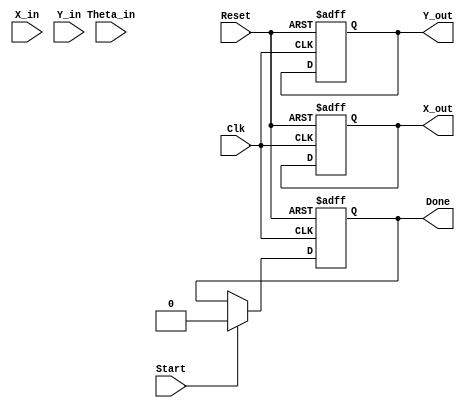
module fixed_point_cordic (
    input  wire signed [15:0] X_in,    // Fixed-point input x-coordinate
    input  wire signed [15:0] Y_in,    // Fixed-point input y-coordinate
    input  wire signed [15:0] Theta_in, // Fixed-point input angle in radians
    input  wire                Start,    // Control signal to start computation
    input  wire                Clk,      // Clock signal
    input  wire                Reset,    // Asynchronous reset signal
    output reg  signed [15:0] X_out,    // Output x-coordinate after rotation
    output reg  signed [15:0] Y_out,    // Output y-coordinate after rotation
    output reg                 Done       // Control signal indicating completion
);

// Constants
parameter NUM_ITERATIONS = 16; // Number of CORDIC iterations
parameter FIXED_POINT_SCALE = 16; // Fixed-point scale factor (Qm.f)

reg signed [15:0] X;            // Fixed-point variable for x
reg signed [15:0] Y;            // Fixed-point variable for y
reg signed [15:0] Z;            // Fixed-point variable for angle
reg [3:0] i;                    // Iteration counter
reg signed [15:0] atan_table [0:NUM_ITERATIONS-1]; // Arctangent lookup table
reg d;                          // Direction of rotation

// Initialize arctangent lookup table
initial begin
    // Fill the atan_table with pre-computed arctangent values (scaled)
    atan_table[0] = 16'h26B2; // atan(2^-0) in fixed-point
    atan_table[1] = 16'h1DAC; // atan(2^-1) in fixed-point
    atan_table[2] = 16'h136C; // atan(2^-2) in fixed-point
    atan_table[3] = 16'h0A48; // atan(2^-3) in fixed-point
    atan_table[4] = 16'h0523; // atan(2^-4) in fixed-point
    atan_table[5] = 16'h0299; // atan(2^-5) in fixed-point
    atan_table[6] = 16'h0148; // atan(2^-6) in fixed-point
    atan_table[7] = 16'h00A2; // atan(2^-7) in fixed-point
    atan_table[8] = 16'h0051; // atan(2^-8) in fixed-point
    atan_table[9] = 16'h0028; // atan(2^-9) in fixed-point
    atan_table[10] = 16'h0014; // atan(2^-10) in fixed-point
    atan_table[11] = 16'h000A; // atan(2^-11) in fixed-point
    atan_table[12] = 16'h0005; // atan(2^-12) in fixed-point
    atan_table[13] = 16'h0002; // atan(2^-13) in fixed-point
    atan_table[14] = 16'h0001; // atan(2^-14) in fixed-point
    atan_table[15] = 16'h0000; // atan(2^-15) in fixed-point
end

// Sequential process to handle CORDIC computation
always @(posedge Clk or posedge Reset) begin
    if (Reset) begin
        X <= 0;
        Y <= 0;
        Z <= 0;
        i <= 0;
        Done <= 0;
        X_out <= 0;
        Y_out <= 0;
    end
    else if (Start) begin
        // Load initial values
        X <= X_in;
        Y <= Y_in;
        Z <= Theta_in;
        i <= 0;
        Done <= 0;
    end
    else if (!Done && i < NUM_ITERATIONS) begin
        // Determine the direction of rotation based on current angle Z
        if (Z < 0) begin
            d <= 1'b1; // Rotate clockwise
            Z <= Z + atan_table[i];
        end else begin
            d <= 1'b0; // Rotate counter-clockwise
            Z <= Z - atan_table[i];
        end

        // Update x and y coordinates
        if (d) begin
            X <= X + (Y >>> i); // Right shift for fixed-point division
            Y <= Y - (X >>> i);
        end else begin
            X <= X - (Y >>> i);
            Y <= Y + (X >>> i);
        end
        
        // Increment the iteration counter
        i <= i + 1;
    end else if (i == NUM_ITERATIONS) begin
        // Output the final values
        X_out <= X;
        Y_out <= Y;
        Done <= 1'b1; // Set done signal
    end
end

endmodule